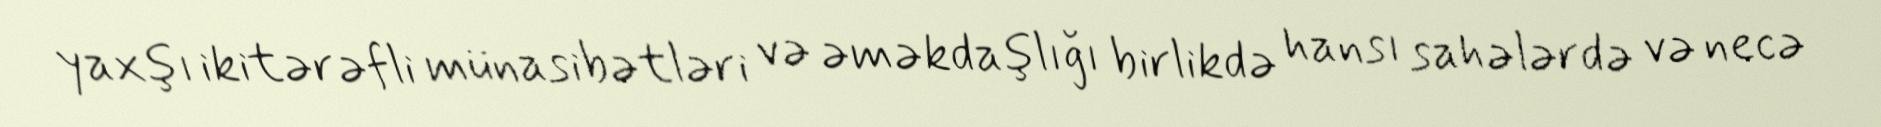
yaxşı ikitərəfli münasibətləri və əməkdaşlığı birlikdə hansı sahələrdə və necə